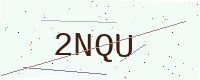
Text: 2NQU